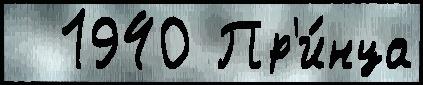
  1940 Пр'и́нца